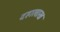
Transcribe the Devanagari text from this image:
दहालाख